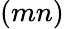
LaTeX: (mn)